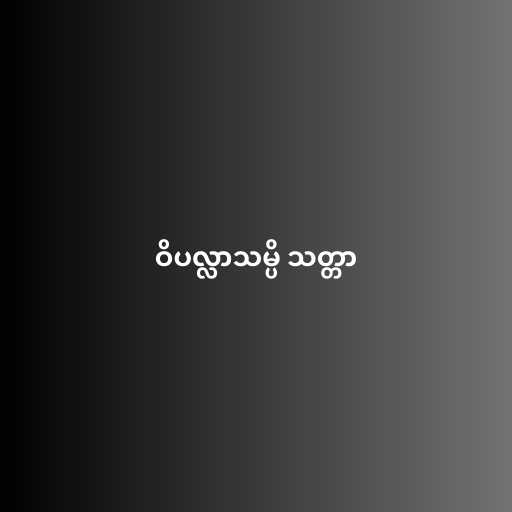
ဝိပလ္လာသမ္ပိ သတ္တာ